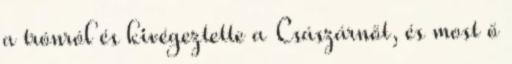
a trónról és kivégeztette a Császárnőt, és most ő